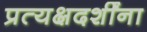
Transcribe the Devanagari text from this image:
प्रत्यक्षदर्शींना